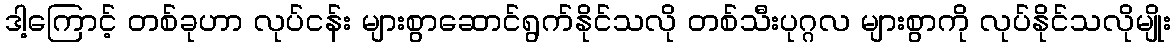
ဒါ့ကြောင့် တစ်ခုဟာ လုပ်ငန်း များစွာဆောင်ရွက်နိုင်သလို တစ်သီးပုဂ္ဂလ များစွာကို လုပ်နိုင်သလိုမျိုး